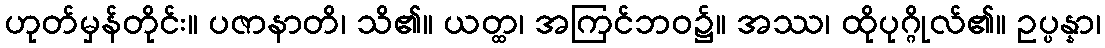
ဟုတ်မှန်တိုင်း။ ပဇာနာတိ၊ သိ၏။ ယတ္ထ၊ အကြင်ဘဝ၌။ အဿ၊ ထိုပုဂ္ဂိုလ်၏။ ဥပ္ပန္နာ၊